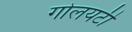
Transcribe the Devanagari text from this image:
गोलयटी